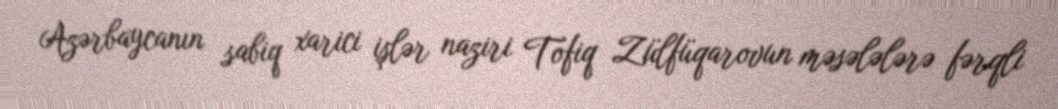
Azərbaycanın sabiq xarici işlər naziri Tofiq Zülfüqarovun məsələlərə fərqli